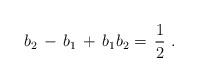
LaTeX: \begin{align*}b_2\,-\,b_1\,+\,b_1 b_2 =\,{1\over 2} \,\,.\end{align*}